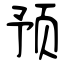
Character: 预